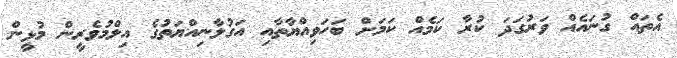
އެތައް ގުނައެއް ވަރުގަދަ ކުރާ ކަމެއް ކަމަށް ބަހަވިއްޔާތާއި އަގުލާނިއްޔަތުގެ އިލްމުވެރީން މުޅީން